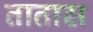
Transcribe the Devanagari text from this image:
तातास